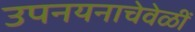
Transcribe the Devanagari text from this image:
उपनयनाचेवेळीं